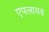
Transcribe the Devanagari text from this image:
एपलायड